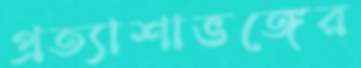
প্রত্যাশাভঙ্গের